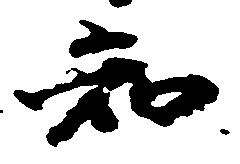
知